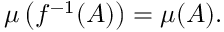
\mu \left( f ^ { - 1 } ( A ) \right) = \mu ( A ) .